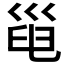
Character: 𢀀